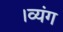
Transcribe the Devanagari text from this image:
।व्यंग